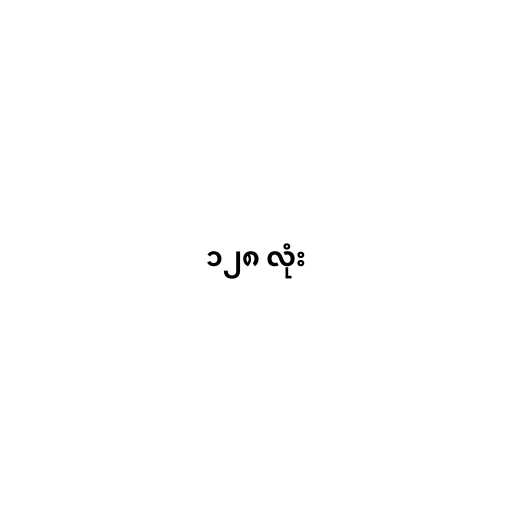
၁၂၈ လုံး